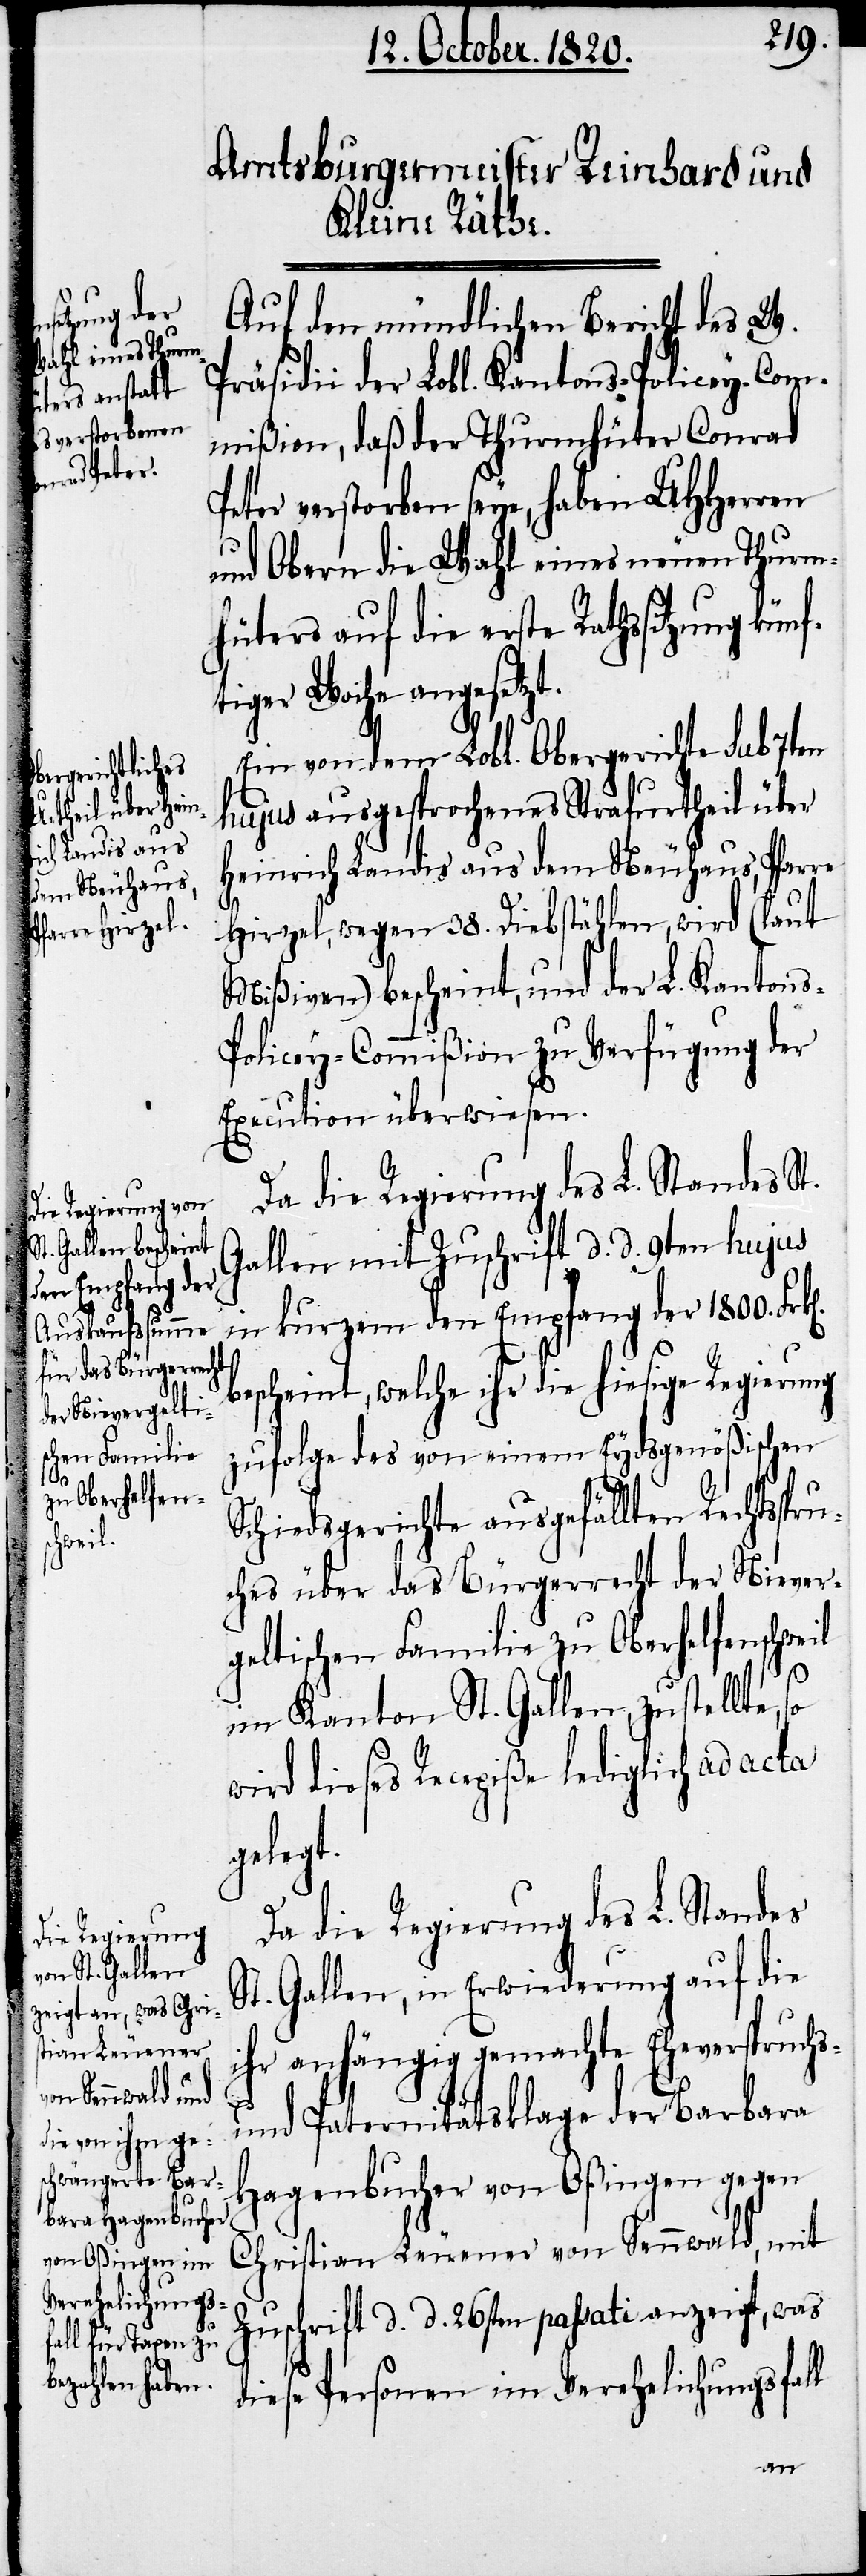
w¬

Auf den mündlichen Bericht des W.
Präsidii der Lobl. Kantons-Policey-Com¬
mißion, daß der Thurmhüter Conrad
Peter verstorben seye, haben UHherren
und Obern die Wahl eines neuen Thurm¬
hüters auf die erste Rathssitzung kün¬
tiger Woche angesetzt.
Ein von dem Lobl. Obergerichte sub 7ten
hujus ausgesprochenes Strafurtheil über
Heinrich Landis aus dem Neuhaus, Pfarre
Hirzel, wegen 38. Diebstählen, wird (laut
Mißiven) bescheint, und der L. Kanton¬
olicey-Commißion zu Verfügung der
Execution überwiesen.
Da die Regierung des L. Standes St.
Gallen mit Zuschrift d. d. 9ten hujus
in kurzem den Empfang der 1800. Frk[e¬
bescheint, welche ihr die hiesige Regierung
zufolge des von einem Eydsgenößischen
Schiedsgerichte ausgefällten Rechtsspru¬
ches über das Bürgerrecht der Niever¬
geltischen Familie zu Oberhelfenschweil
im Kanton St. Gallen, zustellte,
ird dieses Recepiße lediglich ad acta
gelegt.
Da die Regierung des L. Standes
St. Gallen, in Erwiederung auf die
ihr anhängig gemachte Eheverspruchs-
so
und Paternitätsklage der Barbara
Hagenbucher von Oßingen gegen
Christian Leuener von Sennwald, mit
Zuschrift d. d. 26sten passati anzeigt, was
diese Personen im Verehelichungsfall